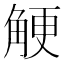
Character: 𧣲